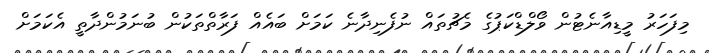
މިފަހަރު މީޑިއާނެޓުން ވޯލްޑްކަޕުގެ މެޗުތައް ނުފެނިދާނެ ކަމަށް ބައެއް ފަރާތްތަކުން ބުނަމުންދާތީ އެކަމަށް